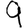
Digit: 9